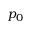
p _ { 0 }